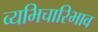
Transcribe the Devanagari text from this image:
व्यभिचारिभाव